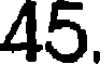
45.